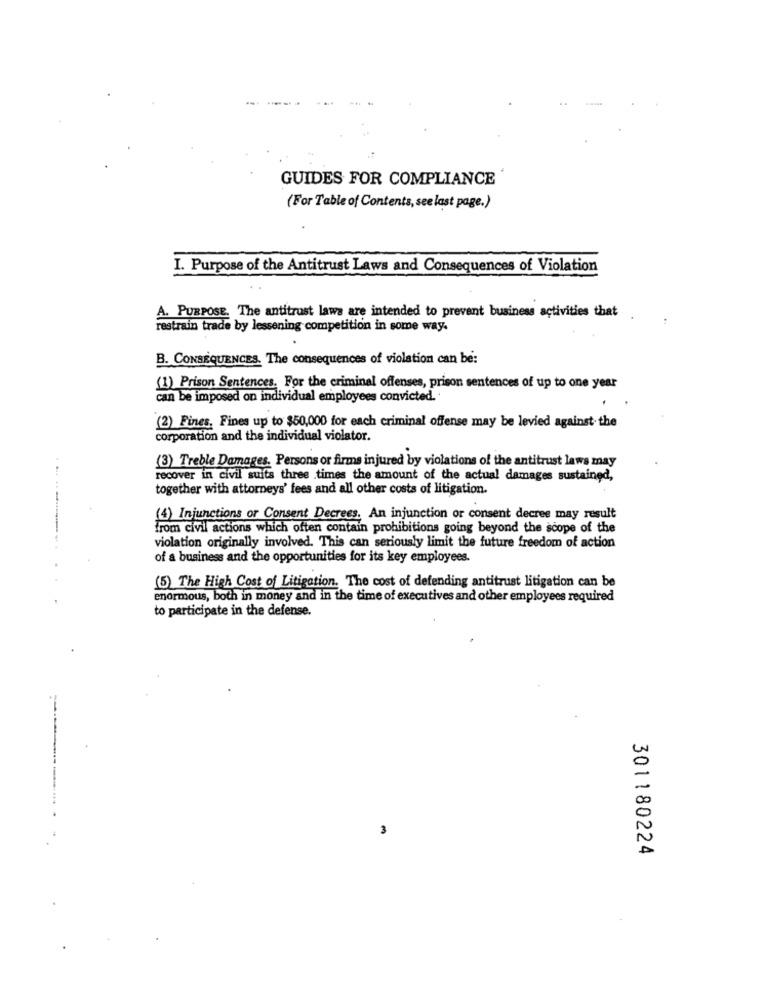
GUIDES FOR COMPLIANCE
(For Table of Contents, see last page.)
I. Purpose of the Antitrust Laws and Consequences of Violation
A. PURPOSE. The antitrust laws are intended to prevent business activities that
restrain trade by lessening competition in some way.
B. CONSEQUENCES. The consequences of violation can be:
(1) Prison Sentences. For the criminal offenses, prison sentences of up to one year
can be imposed on individual employees convicted.
(2) Fines, Fines up to $50,000 for each criminal offense may be levied against the
corporation and the individual violator.
(3) Treble Damages. Persons or firms injured by violations of the antitrust laws may
recover in civil suits three times the amount of the actual damages sustained,
together with attorneys' fees and all other costs of litigation.
(4) Injunctions or Consent Decrees. An injunction or consent decree may result
from civil actions which often contain prohibitions going beyond the scope of the
violation originally involved. This can seriously limit the future freedom of action
of a business and the opportunities for its key employees.
(5) The High Cost of Litigation. The cost of defending antitrust litigation can be
enormous, both in money and in the time of executives and other employees required
to participate in the defense.
3
301180224